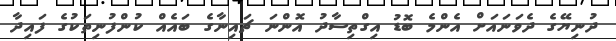
ދުނިޔޭގެ ދެވަނައަށް އެންމެ ބޮޑު އިގްތިސާދު އޮންނަ ޗައިނާގެ ބައެއް ކުންފުނިތަކުގެ ފައިދާ